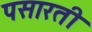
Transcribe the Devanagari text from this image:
पसारती